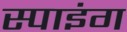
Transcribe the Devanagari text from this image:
स्पाइंग